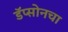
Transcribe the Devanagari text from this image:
डॅप्सोनचा